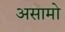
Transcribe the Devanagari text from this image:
असामो